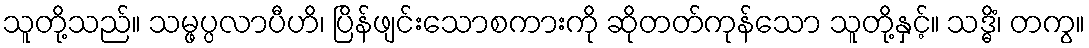
သူတို့သည်။ သမ္ဖပ္ပလာပီဟိ၊ ပြိန်ဖျင်းသောစကားကို ဆိုတတ်ကုန်သော သူတို့နှင့်။ သဒ္ဓိံ၊ တကွ။